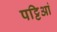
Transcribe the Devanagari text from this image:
पट्टिआं